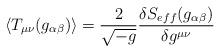
LaTeX: \begin{align*}\langle T_{\mu\nu}(g_{\alpha\beta})\rangle = \frac{2}{\sqrt{-g}}\frac{\delta S_{eff}(g_{\alpha\beta})}{\delta g^{\mu\nu}}\end{align*}